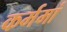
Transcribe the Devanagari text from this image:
कर्ममां